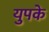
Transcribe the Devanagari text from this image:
युपके